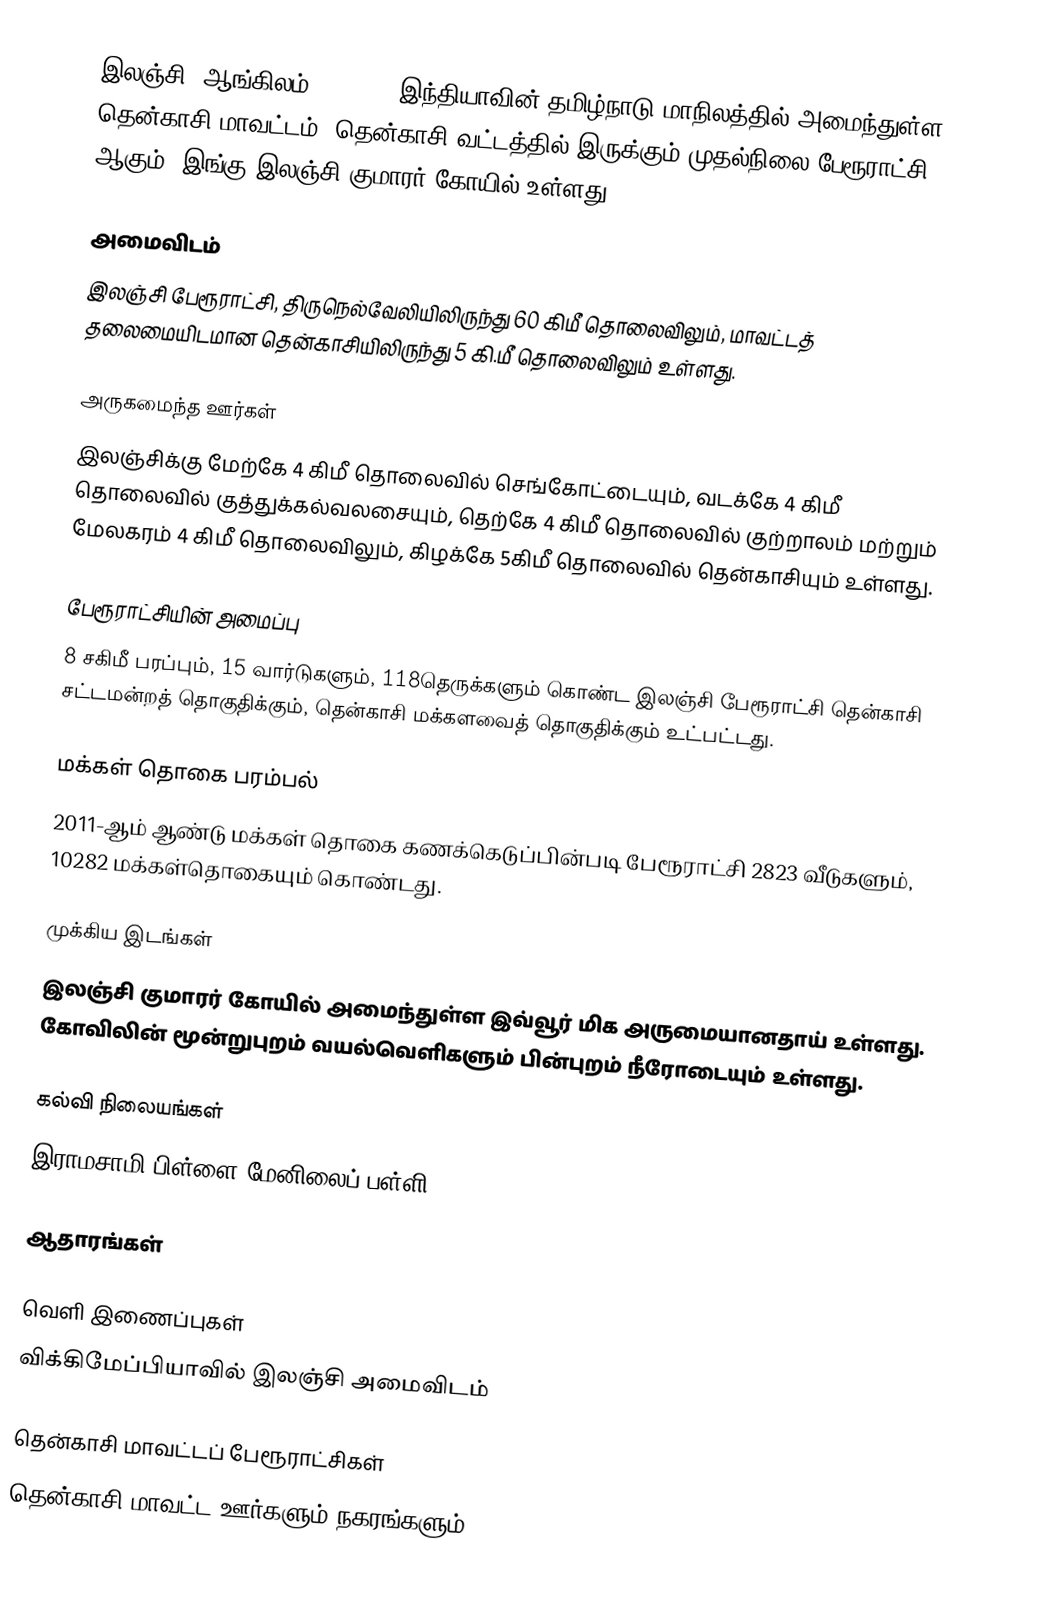
இலஞ்சி (ஆங்கிலம்:Ilanji), இந்தியாவின் தமிழ்நாடு மாநிலத்தில் அமைந்துள்ள தென்காசி மாவட்டம், தென்காசி வட்டத்தில் இருக்கும் முதல்நிலை பேரூராட்சி ஆகும். இங்கு இலஞ்சி குமாரர் கோயில் உள்ளது.

அமைவிடம்
இலஞ்சி பேரூராட்சி, திருநெல்வேலியிலிருந்து 60 கிமீ தொலைவிலும், மாவட்டத் தலைமையிடமான தென்காசியிலிருந்து 5 கி.மீ தொலைவிலும் உள்ளது.

அருகமைந்த ஊர்கள்
இலஞ்சிக்கு மேற்கே 4 கிமீ தொலைவில் செங்கோட்டையும், வடக்கே 4 கிமீ தொலைவில் குத்துக்கல்வலசையும், தெற்கே 4 கிமீ தொலைவில் குற்றாலம் மற்றும் மேலகரம் 4 கிமீ தொலைவிலும், கிழக்கே  5கிமீ தொலைவில் தென்காசியும் உள்ளது.

பேரூராட்சியின் அமைப்பு
8 சகிமீ பரப்பும், 15 வார்டுகளும்,  118தெருக்களும் கொண்ட இலஞ்சி பேரூராட்சி  தென்காசி சட்டமன்றத் தொகுதிக்கும், தென்காசி மக்களவைத் தொகுதிக்கும் உட்பட்டது.

மக்கள் தொகை பரம்பல்
2011-ஆம் ஆண்டு மக்கள் தொகை கணக்கெடுப்பின்படி  பேரூராட்சி    2823     வீடுகளும்,  10282 மக்கள்தொகையும்  கொண்டது.

முக்கிய இடங்கள்
இலஞ்சி குமாரர் கோயில் அமைந்துள்ள இவ்வூர் மிக அருமையானதாய் உள்ளது. கோவிலின் மூன்றுபுறம் வயல்வெளிகளும் பின்புறம் நீரோடையும் உள்ளது.

கல்வி நிலையங்கள்
இராமசாமி பிள்ளை மேனிலைப் பள்ளி

ஆதாரங்கள்

வெளி இணைப்புகள்
 விக்கிமேப்பியாவில் இலஞ்சி அமைவிடம்

தென்காசி மாவட்டப் பேரூராட்சிகள்
தென்காசி மாவட்ட ஊர்களும் நகரங்களும்